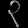
Digit: ၃